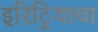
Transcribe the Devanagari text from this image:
इरिट्रियाचा